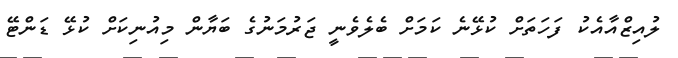
ލުއިޒްއާއެކު ފަހަތަށް ކުޅޭނެ ކަމަށް ބެލެވެނީ ޖަރުމަނުގެ ބަޔާން މިއުނިކަށް ކުޅޭ ޑަންޓޭ